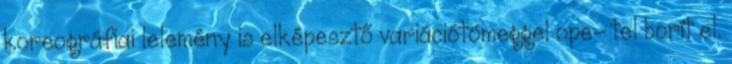
koreográfiai lelemény is elképesztő variációtömeggel ope- tel borít el.